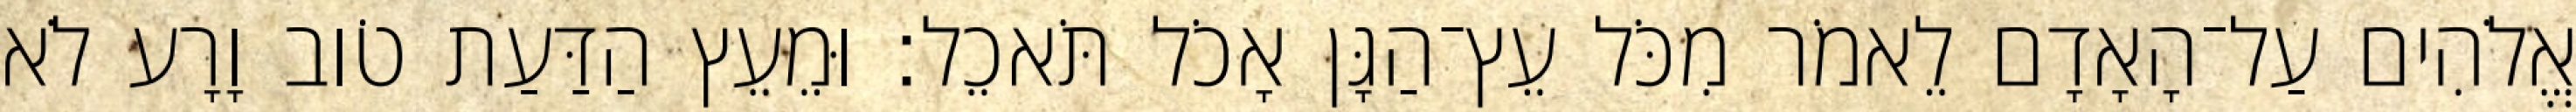
אֱלֹהִים עַל־הָאָדָם לֵאמֹר מִכֹּל עֵץ־הַגָּן אָכֹל תֹּאכֵל׃ וּמֵעֵץ הַדַּעַת טֹוב וָרָע לֹא